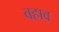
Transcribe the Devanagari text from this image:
वहाव